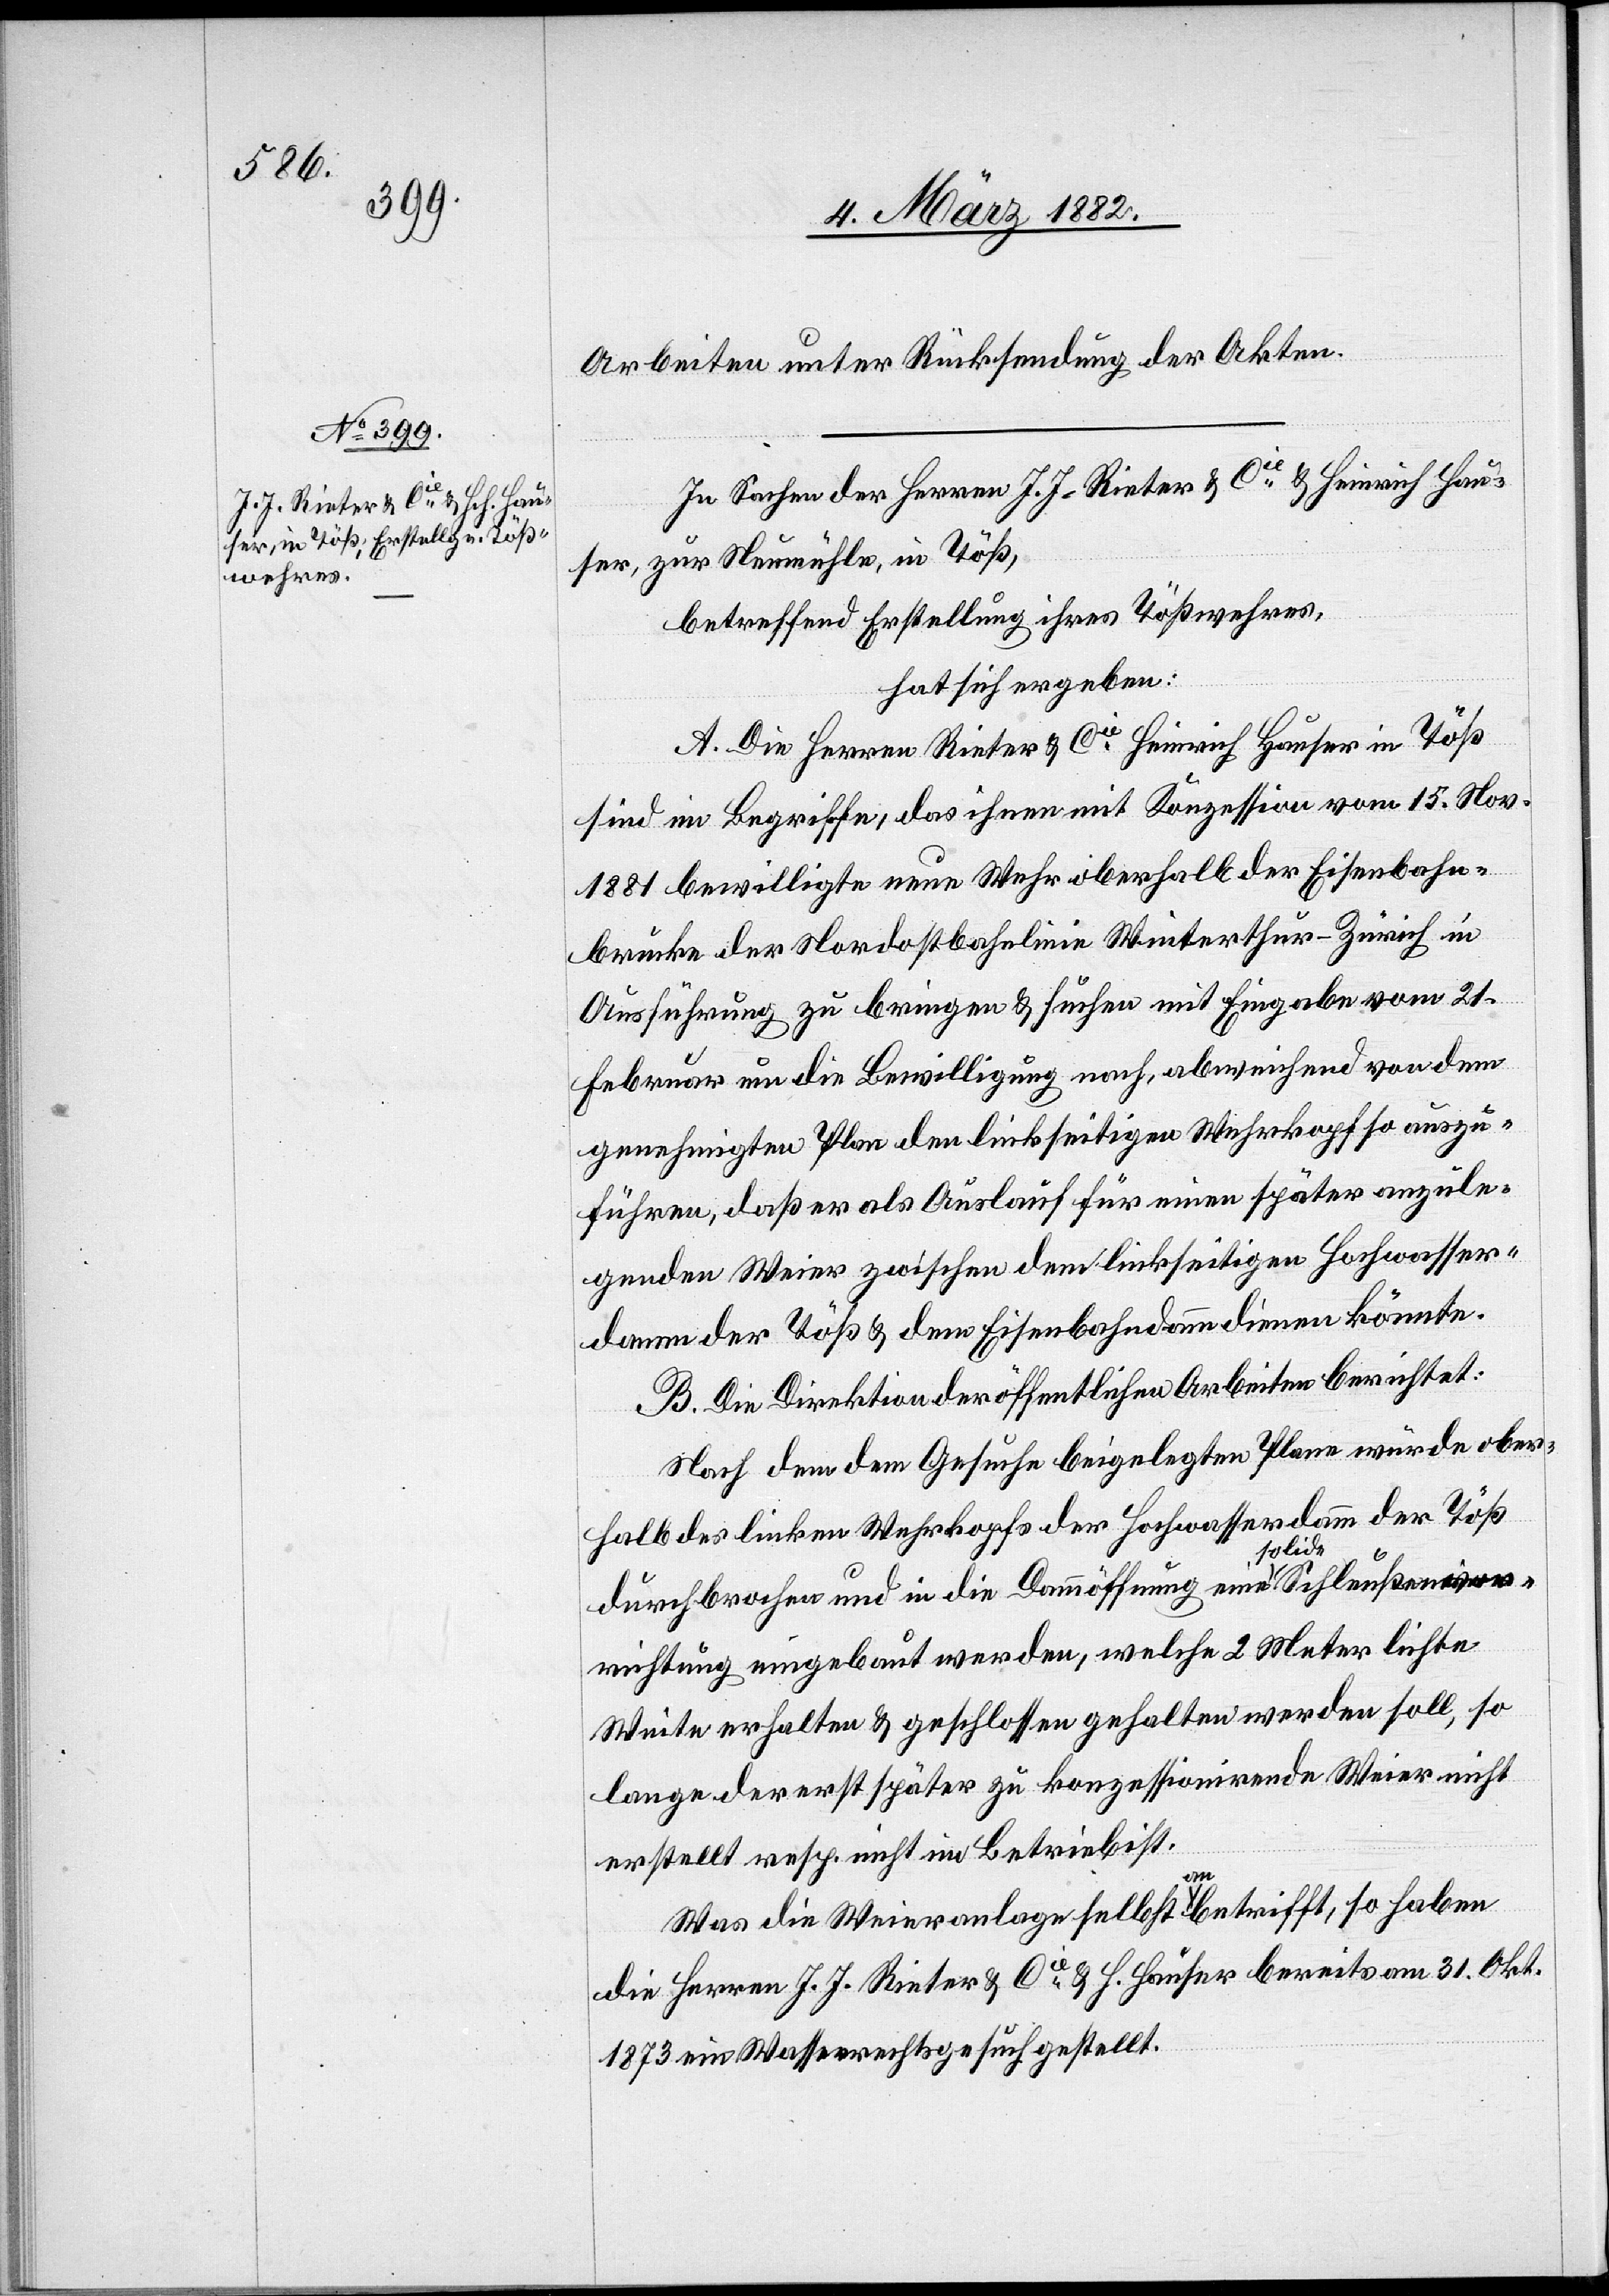
Arbeiten unter Rücksendung der Akten.
In Sachen der Herren J. J. Rieter & Cie & Heinrich Hau¬
ser, zur Neumühle, in Töß
betreffend Erstellung ihres Tößwehres,
hat sich ergeben:
A. Die Herren Rieter & Cie Heinrich Hauser in Töß
sind im Begriffe, das ihnen mit Konzession vom 15. Nov.
1881 bewilligte neue Wehr oberhalb der Eisenbahn¬
brücke der Nordostbahnlinie Winterthur–Zürich in
Ausführung zu bringen & suchen mit Eingabe vom 21.
Februar um die Bewilligung nach, abweichend von dem
genehmigten Plan den linksseitigen Wehrkopfe so auszu¬
führen, daß er als Auslauf für einen später anzule¬
genden Weier zwischen dem linksseitigen Hochwasser¬
damm der Töß & dem Eisenbahndamm dienen könnte.
B. Die Direktion der öffentlichen Arbeiten berichtet:
Nach dem dem Gesuche beigelegten Plane würde ober¬
halb des linken Wehrkopfs der Hochwasserdamm der Töß
durchbrochen und in die Dammöffnung eine solide Schleußeinr¬
ichtung eingebaut werden, welche 2 Meter leichte
Weite erhalten & geschlossen gehalten werden soll, so
lange der erst später zu konzessionirende Weier nicht
erstellt resp. nicht im Betrieb ist.
Was die Weieranlage selbst anbetrifft, so haben
die Herren J. J. Rieter & Cie & H. Hauser bereits am 31. Okt.
1873 ein Wasserrechtsgesuch gestellt.